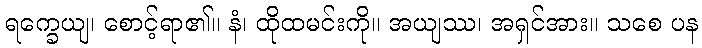
ရက္ခေယျ၊ စောင့်ရာ၏။ နံ၊ ထိုထမင်းကို။ အယျဿ၊ အရှင်အား။ သစေ ပန